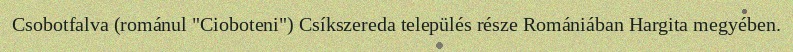
Csobotfalva (románul "Cioboteni") Csíkszereda település része Romániában Hargita megyében.